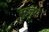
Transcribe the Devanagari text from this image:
सुजुमे